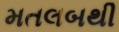
મતલબથી